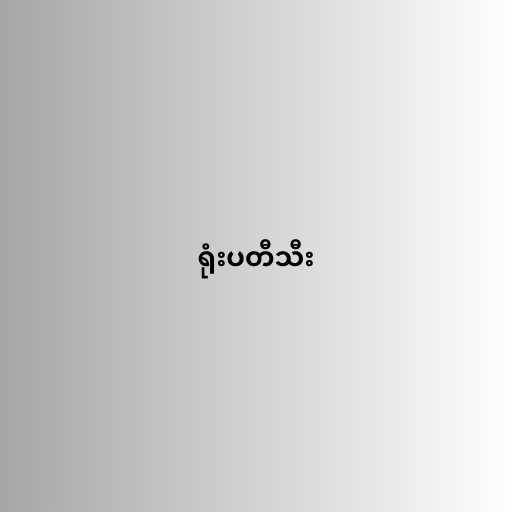
ရုံးပတီသီး